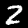
Digit: 2